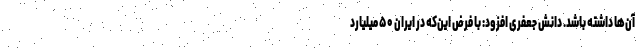
آن‌ها داشته باشد. دانش جعفری افزود: با فرض این‌که در ایران ۵۰ میلیارد